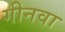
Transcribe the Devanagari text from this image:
गीनवा